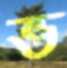
ভ